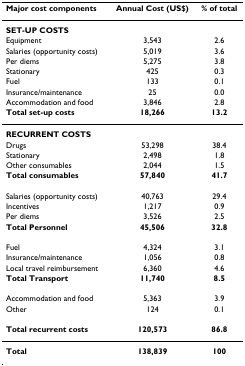
<table><thead><tr><td><b>Major cost components</b></td><td><b>Annual Cost (US$)</b></td><td><b>% of total</b></td></tr></thead><tbody><tr><td><b>SET-UP COSTS</b></td><td></td><td></td></tr><tr><td>Equipment</td><td>3,543</td><td>2.6</td></tr><tr><td>Salaries (opportunity costs)</td><td>5,019</td><td>3.6</td></tr><tr><td>Per diems</td><td>5,275</td><td>3.8</td></tr><tr><td>Stationary</td><td>425</td><td>0.3</td></tr><tr><td>Fuel</td><td>133</td><td>0.1</td></tr><tr><td>Insurance/maintenance</td><td>25</td><td>0.0</td></tr><tr><td>Accommodation and food</td><td>3,846</td><td>2.8</td></tr><tr><td><b>Total set-up costs</b></td><td><b>18,266</b></td><td><b>13.2</b></td></tr><tr><td><b>RECURRENT COSTS</b></td><td></td><td></td></tr><tr><td>Drugs</td><td>53,298</td><td>38.4</td></tr><tr><td>Stationary</td><td>2,498</td><td>1.8</td></tr><tr><td>Other consumables</td><td>2,044</td><td>1.5</td></tr><tr><td><b>Total consumables</b></td><td><b>57,840</b></td><td><b>41.7</b></td></tr><tr><td>Salaries (opportunity costs)</td><td>40,763</td><td>29.4</td></tr><tr><td>Incentives</td><td>1,217</td><td>0.9</td></tr><tr><td>Per diems</td><td>3,526</td><td>2.5</td></tr><tr><td><b>Total Personnel</b></td><td><b>45,506</b></td><td><b>32.8</b></td></tr><tr><td>Fuel</td><td>4,324</td><td>3.1</td></tr><tr><td>Insurance/maintenance</td><td>1,056</td><td>0.8</td></tr><tr><td>Local travel reimbursement</td><td>6,360</td><td>4.6</td></tr><tr><td><b>Total Transport</b></td><td><b>11,740</b></td><td><b>8.5</b></td></tr><tr><td>Accommodation and food</td><td>5,363</td><td>3.9</td></tr><tr><td>Other</td><td>124</td><td>0.1</td></tr><tr><td><b>Total recurrent costs</b></td><td><b>120,573</b></td><td><b>86.8</b></td></tr><tr><td><b>Total</b></td><td><b>138,839</b></td><td><b>100</b></td></tr></tbody></table>